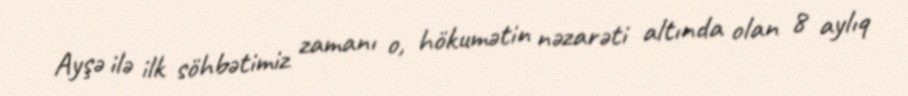
Ayşə ilə ilk söhbətimiz zamanı o, hökumətin nəzarəti altında olan 8 aylıq